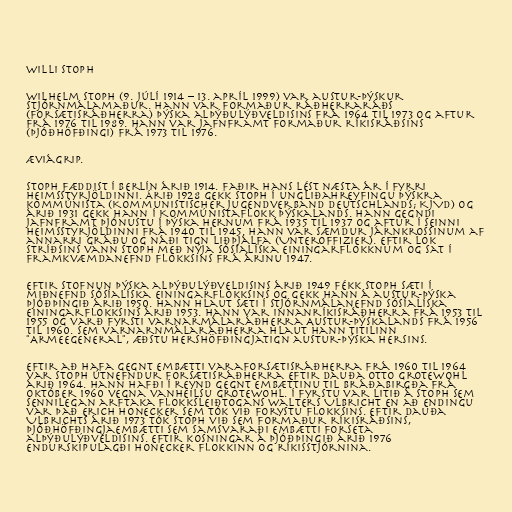
Willi Stoph

Wilhelm Stoph (9. júlí 1914 – 13. apríl 1999) var austur-þýskur
stjórnmálamaður. Hann var formaður ráðherraráðs
(forsætisráðherra) þýska alþýðulýðveldisins frá 1964 til 1973 og aftur
frá 1976 til 1989. Hann var jafnframt formaður ríkisráðsins
(þjóðhöfðingi) frá 1973 til 1976.

Æviágrip.

Stoph fæddist í Berlín árið 1914. Faðir hans lést næsta ár í fyrri
heimsstyrjöldinni. Árið 1928 gekk Stoph í ungliðahreyfingu þýskra
kommúnista (Kommunistischer Jugendverband Deutschlands; KJVD) og
árið 1931 gekk hann í Kommúnistaflokk Þýskalands. Hann gegndi
jafnframt þjónustu í þýska hernum frá 1935 til 1937 og aftur í seinni
heimsstyrjöldinni frá 1940 til 1945. Hann var sæmdur járnkrossinum af
annarri gráðu og náði tign liðþjálfa (Unteroffizier). Eftir lok
stríðsins vann Stoph með nýja Sósíalíska einingarflokknum og sat í
framkvæmdanefnd flokksins frá árinu 1947.

Eftir stofnun þýska alþýðulýðveldisins árið 1949 fékk Stoph sæti í
miðnefnd Sósíalíska einingarflokksins og gekk hann á austur-þýska
þjóðþingið árið 1950. Hann hlaut sæti í stjórnmálanefnd Sósíalíska
einingarflokksins árið 1953. Hann var innanríkisráðherra frá 1953 til
1955 og varð fyrsti varnarmálaráðherra Austur-Þýskalands frá 1956
til 1960. Sem varnarnmálaráðherra hlaut hann titilinn
"Armeegeneral", æðstu hershöfðingjatign austur-þýska hersins.

Eftir að hafa gegnt embætti varaforsætisráðherra frá 1960 til 1964
var Stoph útnefndur forsætisráðherra eftir dauða Otto Grotewohl
árið 1964. Hann hafði í reynd gegnt embættinu til bráðabirgða frá
október 1960 vegna vanheilsu Grotewohl. Í fyrstu var litið á Stoph sem
sennilegan arftaka flokksleiðtogans Walters Ulbricht en að endingu
var það Erich Honecker sem tók við forystu flokksins. Eftir dauða
Ulbrichts árið 1973 tók Stoph við sem formaður ríkisráðsins,
þjóðhöfðingjaembætti sem samsvaraði embætti forseta
alþýðulýðveldisins. Eftir kosningar á þjóðþingið árið 1976
endurskipulagði Honecker flokkinn og ríkisstjórnina.